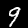
Label: 9